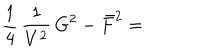
\frac { 1 } { 4 } \, \frac { 1 } { V ^ { 2 } } \, G ^ { 2 } - \bar { F } ^ { 2 } =